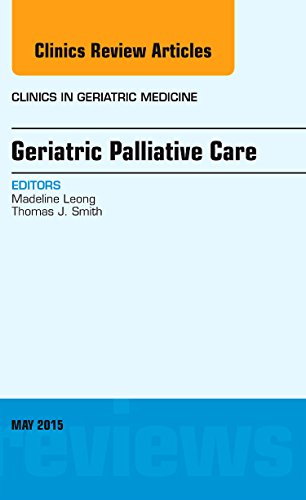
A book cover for Geriatric Palliative Care, An Issue of Clinics in Geriatric Medicine, 1e (The Clinics: Internal Medicine); Madeline Leong; Medical Books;